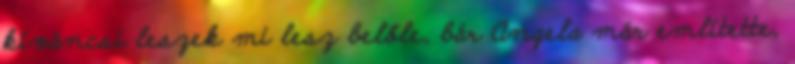
kíváncsi leszek mi lesz belőle, bár Angela már említette,